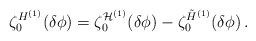
\begin{align*}\zeta_0^{H^{(1)}} (\delta\phi )=\zeta_0^{{\cal H}^{(1)}} (\delta\phi )-\zeta_0^{\tilde H^{(1)}} (\delta\phi ) \,. \end{align*}